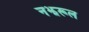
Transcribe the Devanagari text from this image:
नझरूल